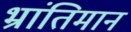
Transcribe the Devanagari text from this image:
भ्रांतिमान